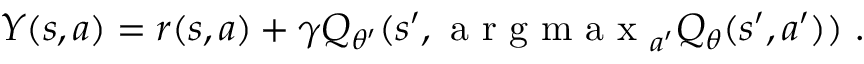
Y ( s , a ) = r ( s , a ) + \gamma Q _ { \theta ^ { \prime } } ( s ^ { \prime } , \mathrm { ~ a ~ r ~ g ~ m ~ a ~ x ~ } _ { a ^ { \prime } } Q _ { \theta } ( s ^ { \prime } , a ^ { \prime } ) ) ~ .